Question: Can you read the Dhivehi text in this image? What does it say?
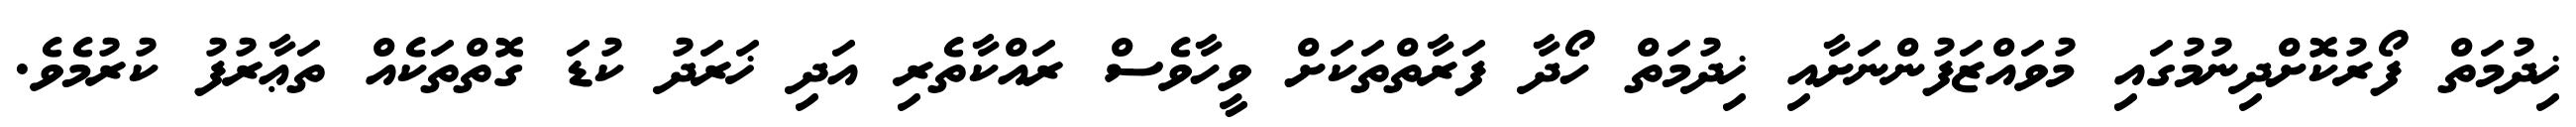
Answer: ޚިދުމަތް ފޯރުކޮށްދިނުމުގައި މުވައްޒަފުންނަށާއި ޚިދުމަތް ހޯދާ ފަރާތްތަކަށް ވީހާވެސް ރައްކާތެރި އަދި ޚަރަދު ކުޑަ ގޮތްތަކެއް ތަޢާރުފު ކުރުމެވެ.